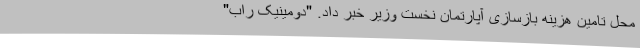
محل تامین هزینه بازسازی آپارتمان نخست وزیر خبر داد. "دومینیک راب"